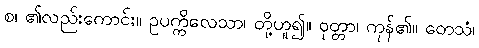
စ၊ ၏လည်းကောင်း။ ဥပက္ကိလေသာ၊ တို့ဟူ၍။ ဝုတ္တာ၊ ကုန်၏။ တေသံ၊